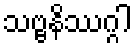
သဗ္ဗနိဿဂ္ဂါ